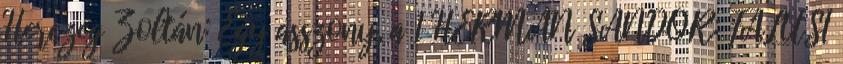
Herczeg Zoltán: Egy asszony, a 1 HERMAN SÁNDOR: FALUSI